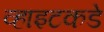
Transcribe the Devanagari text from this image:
व्हाइटकडे